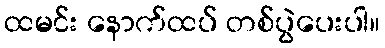
ထမင်း နောက်ထပ် တစ်ပွဲပေးပါ။